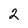
Character: 2